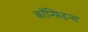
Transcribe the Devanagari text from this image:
कॉन्फिडन्स